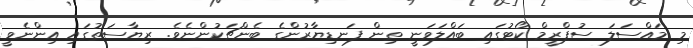
މި މައްސަލަ ސުޕްރީމް ކޯޓުގައި ބައްލަވަނީ ތިން ފަނޑިޔާރުންގެ ބެންޗަކުންނެވެ. ރިޔާސަތުގައި އިންނެވީ